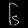
Digit: ၆